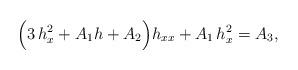
LaTeX: \begin{align*}\Big(3\,h_x^2+A_1 h+A_2\Big)h_{xx}+A_1\,h_x^2=A_3,\end{align*}